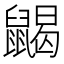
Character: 𪕭